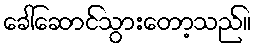
ခေါ်ဆောင်သွားတော့သည်။